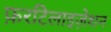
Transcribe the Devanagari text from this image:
फ़रटिलाइज़ेशन